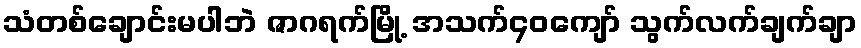
သံတစ်ချောင်းမပါဘဲ ဇာဂရက်မြို့ အသက်၄၀ကျော် သွက်လက်ချက်ချာ